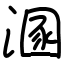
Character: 溷